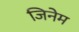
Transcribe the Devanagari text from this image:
जिनेम